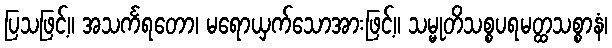
ပြသဖြင့်။ အသင်္ကရတော၊ မရောယှက်သောအားဖြင့်။ သမ္မုတိသစ္စပရမတ္ထသစ္စာနံ၊